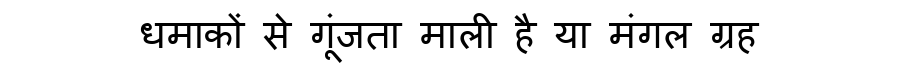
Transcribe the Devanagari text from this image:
धमाकों से गूंजता माली है या मंगल ग्रह